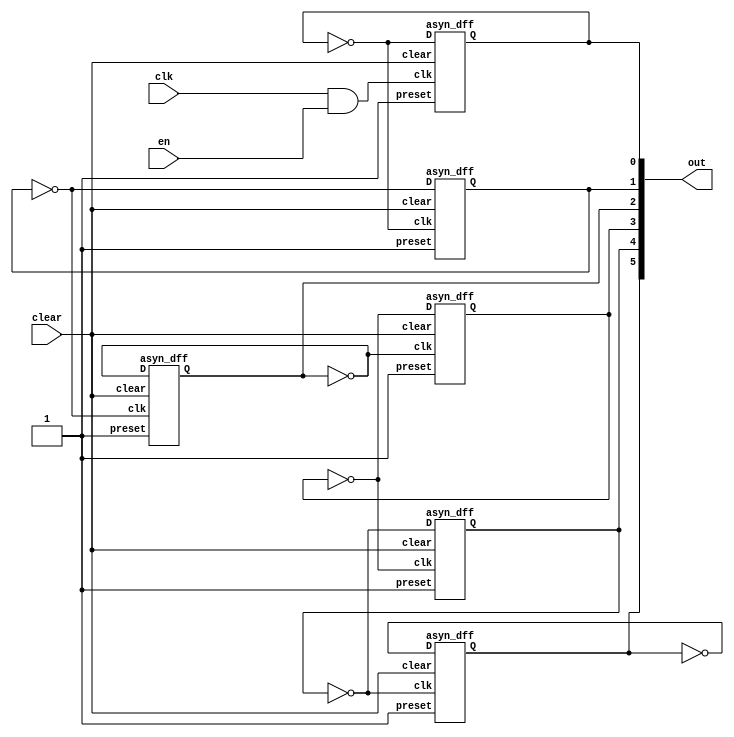
module counter_6bit (clk, en, clear, out);
	input wire clk, en, clear;
	output wire [5:0] out;
	
	genvar i;
	wire _not [5:0];
	wire and1;
	
	and a1 (and1, clk, en);
	
	generate 
		for (i = 0; i <= 5; i = i + 1) begin: counter1
			if(i == 0) begin
				not n0 (_not[i], out[i]);
				asyn_dff dff0 (.clk(and1),
									.D(_not[i]),
									.clear(clear),
									.preset(1'b1),
									.Q(out[i])
									);
			end else begin
				not n0 (_not[i], out[i]);
				asyn_dff dff1 (.clk(_not[i - 1]),
									.D(_not[i]),
									.clear(clear),
									.preset(1'b1),
									.Q(out[i])
									);
			end
		end
	endgenerate

endmodule

module asyn_dff(D, clk, preset, clear, Q);
	input wire D, clk, preset, clear;
	output wire Q;
	
	wire and1, and2, and3, and4, not1, not2, not3, not4, not5, not6, not7, not8, not9, or1, or2, _Q;
	
	and a1 (and1, D, not6, clear);
	not n1 (not1, D);
	and a2 (and2, not1, not6, preset);
	not n2 (not2, or1);
	not n3 (not3, or2);
	not n4 (not4, preset);
	not n5 (not5, clear);
	not n6 (not6, clk);
	or o1 (or1, and1, not3, not4);
	or o2 (or2, and2, not2, not5);
	not n7 (not7, not6);
	and a3 (and3, or1, not7);
	and a4 (and4, or2, not7);
	not n8 (not8, Q);
	not n9 (not9, _Q);
	or o3 (Q, not4, and3, not9);
	or o4 (_Q, not5, and4, not8);
endmodule